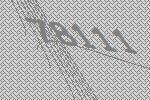
78111